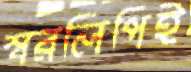
স্বরলিপিই